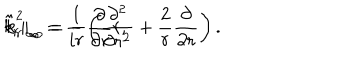
\hat { k } _ { r } | _ { \infty } = { \frac { 1 } { i r } } { \frac { \partial } { \partial r } } r , \hspace { 0 . 3 c m } \hat { k } _ { r } ^ { 2 } | _ { \infty } = - \left( { \frac { \partial ^ { 2 } } { \partial r ^ { 2 } } } + { \frac { 2 } { r } } { \frac { \partial } { \partial r } } \right) .